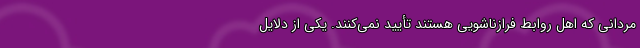
مردانی که اهل روابط فرازناشویی هستند تأیید نمی‌کنند. یکی از دلایل